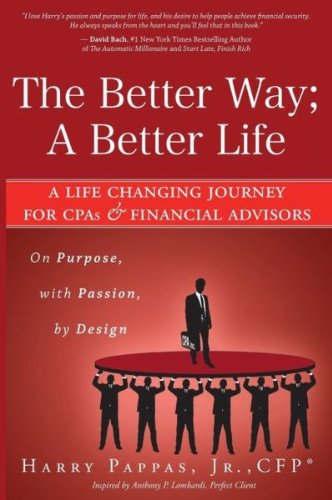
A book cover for The Better Way; A Better Life: A Life Changing Journey for CPAs & Financial Advisors; Harry Pappas Jr. CFPÂ®; Business & Money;